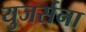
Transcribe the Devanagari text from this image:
युजर्सना